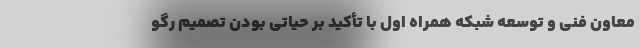
معاون فنی و توسعه شبکه همراه اول با تأکید بر حیاتی بودن تصمیم رگو